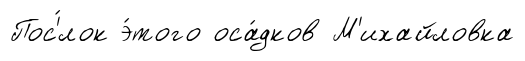
Пос'́лок э́того оса́дков М'ихайловка